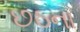
છઠના